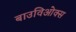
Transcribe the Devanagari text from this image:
बाउविओक्स